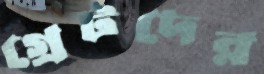
গ্রেটদের